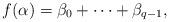
\begin{align*}f(\alpha)=\beta_0+\cdots+\beta_{q-1},\end{align*}